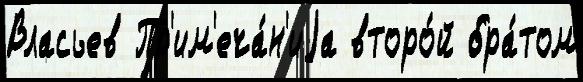
Власьев Пр'им'еча́н'иjа второ́й бра́том